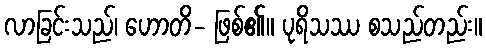
လာခြင်းသည်၊ ဟောတိ- ဖြစ်၏။ ပုရိသဿ စသည်တည်း။